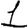
Digit: 1